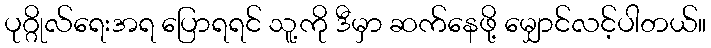
ပုဂ္ဂိုလ်ရေးအရ ပြောရရင် သူ့ကို ဒီမှာ ဆက်နေဖို့ မျှောင်လင့်ပါတယ်။